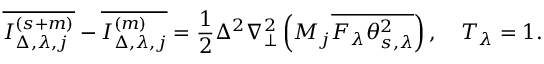
\overline { { I _ { \Delta , \lambda , j } ^ { ( s + m ) } } } - \overline { { I _ { \Delta , \lambda , j } ^ { ( m ) } } } = \frac { 1 } { 2 } \Delta ^ { 2 } \nabla _ { \perp } ^ { 2 } \left( M _ { j } \overline { { F _ { \lambda } \theta _ { s , \lambda } ^ { 2 } } } \right) , \quad T _ { \lambda } = 1 .